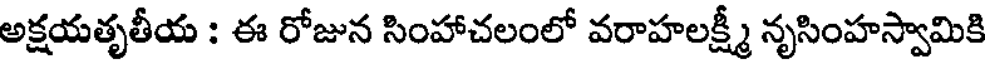
అక్షయతృతీయ : ఈ రోజున సింహాచలంలో వరాహలక్ష్మీ నృసింహస్వామికి